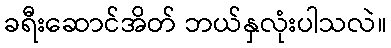
ခရီးဆောင်အိတ် ဘယ်နှလုံးပါသလဲ။